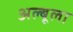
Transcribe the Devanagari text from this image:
अल्बूला